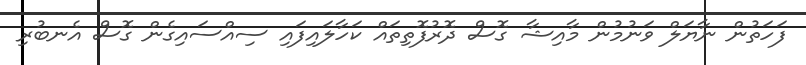
ފަހަތުން ނާޔަލް ވަނުމުން މާއިޝާ ގޮސް ދޮރުފޮތިތައް ކަހާލައިފައި ސިއްސައިގެން ގޮސް އެނބުރި